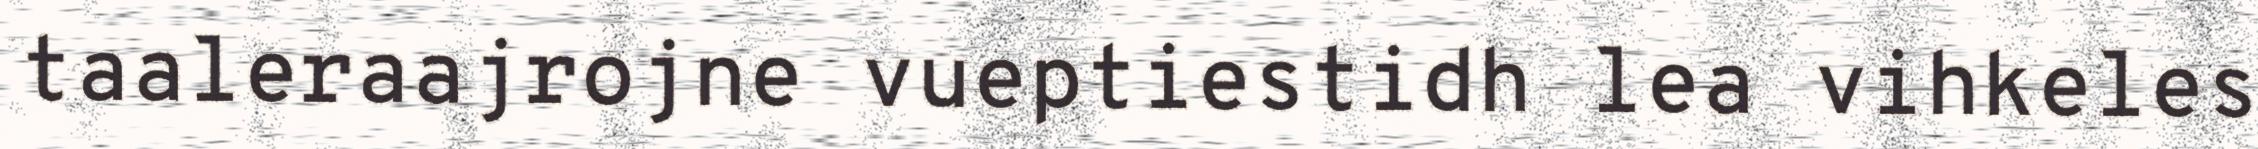
taaleraajrojne vueptiestidh lea vihkeles